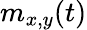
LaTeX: m_{x,y}(t)